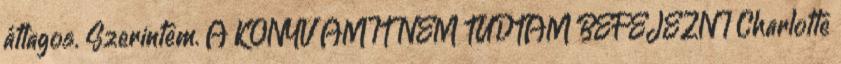
átlagos. Szerintem. A KÖNYV AMIT NEM TUDTAM BEFEJEZNI Charlotte